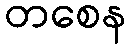
တစေန